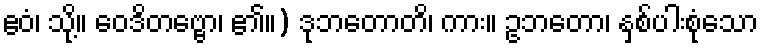
ဧဝံ၊ သို့။ ဝေဒိတဗ္ဗော၊ ၏။) ဒုဘတောတိ၊ ကား။ ဥဘတော၊ နှစ်ပါးစုံသော